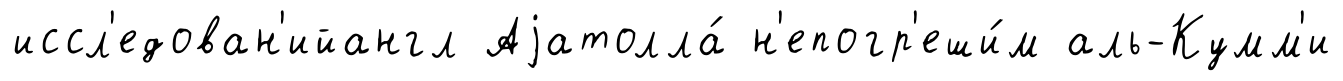
иссл'едован'ийангл Аjатолла́ н'епогр'еши́м аль-Кумм'и